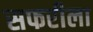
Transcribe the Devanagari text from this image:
सफरीला